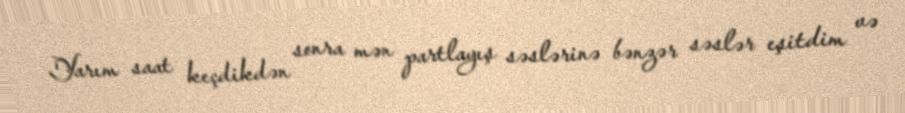
Yarım saat keçdikdən sonra mən partlayış səslərinə bənzər səslər eşitdim və